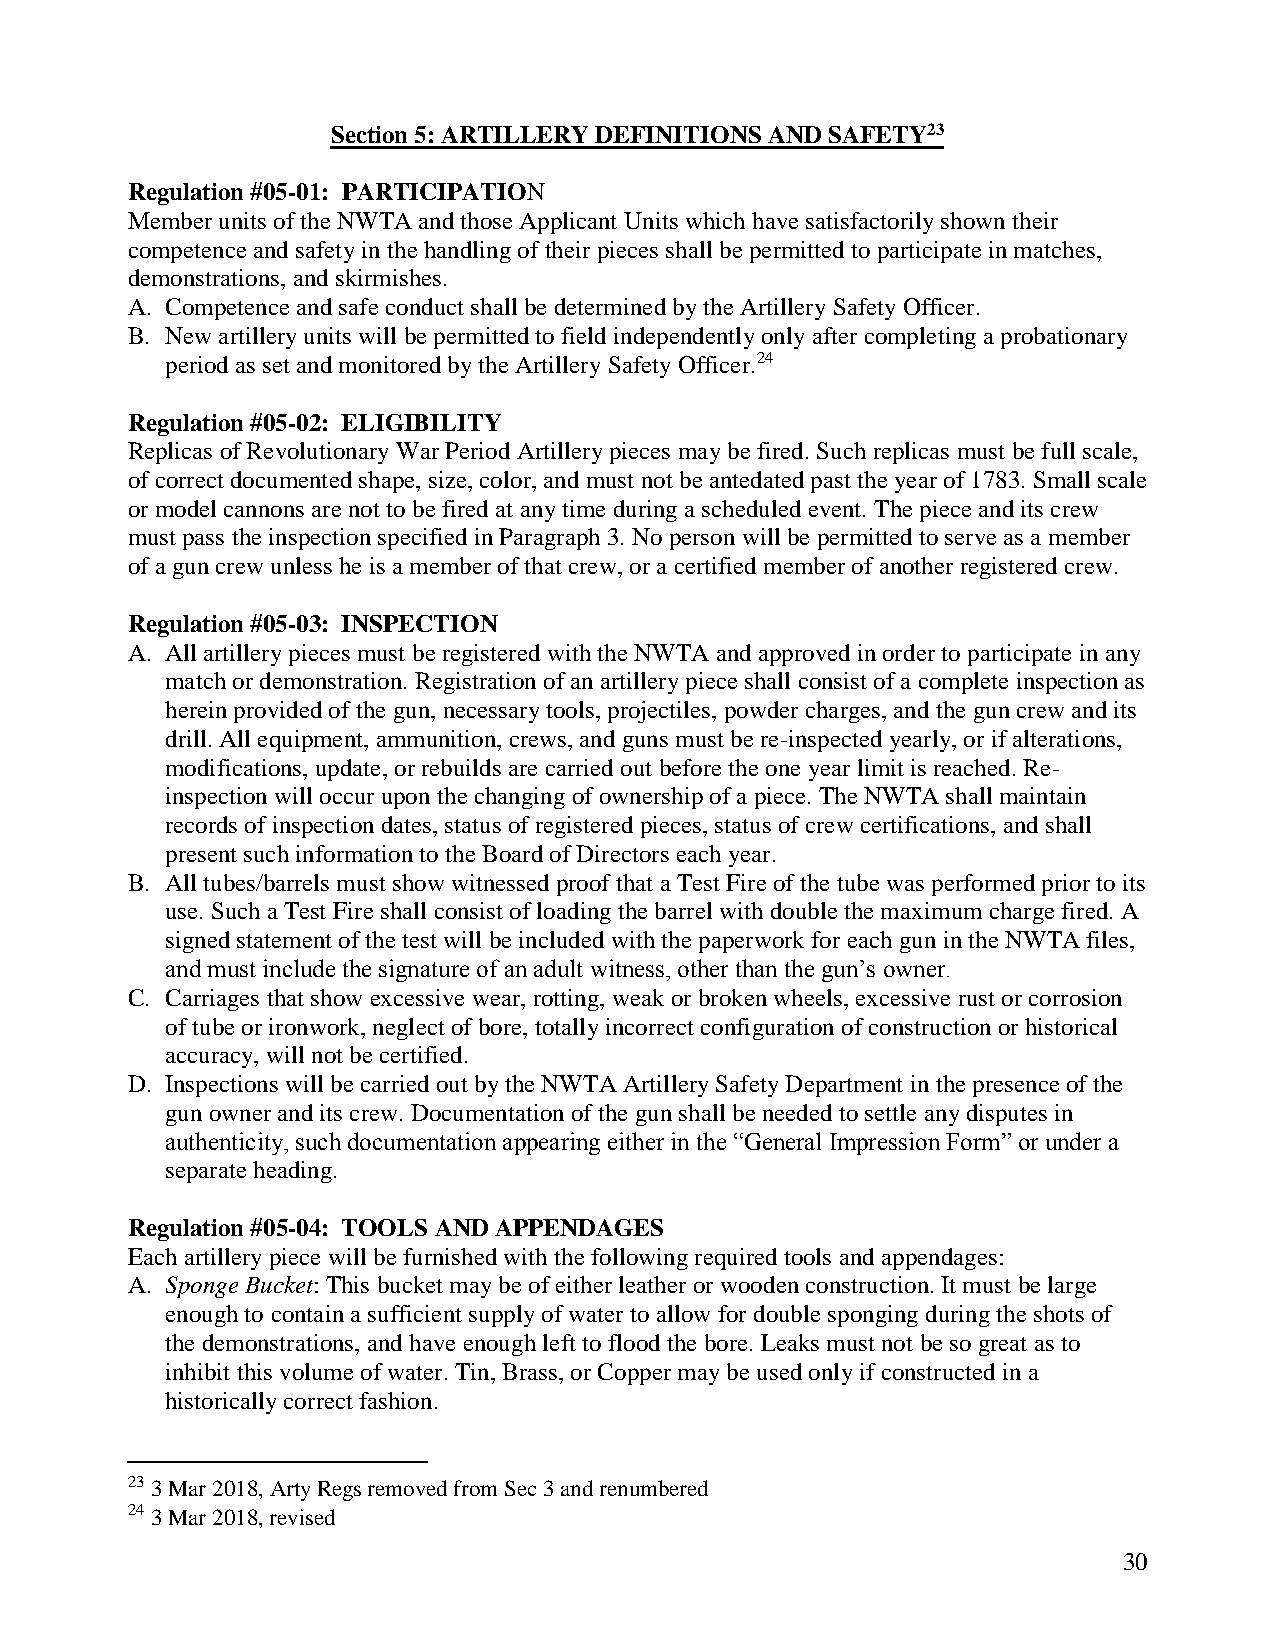
Section 5: ARTILLERY DEFINITIONS AND SAFETY23
 Regulation #05-01: PARTICIPATION
 Member units of the NWTA and those Applicant Units which have satisfactorily shown their
 competence and safety in the handling of their pieces shall be permitted to participate in matches,
 demonstrations, and skirmishes.
 A. Competence and safe conduct shall be determined by the Artillery Safety Officer.
 B. New artillery units will be permitted to field independently only after completing a probationary
 period as set and monitored by the Artillery Safety Officer.24
 Regulation #05-02: ELIGIBILITY
 Replicas of Revolutionary War Period Artillery pieces may be fired. Such replicas must be full scale,
 of correct documented shape, size, color, and must not be antedated past the year of 1783. Small scale
 or model cannons are not to be fired at any time during a scheduled event. The piece and its crew
 must pass the inspection specified in Paragraph 3. No person will be permitted to serve as a member
 of a gun crew unless he is a member of that crew, or a certified member of another registered crew.
 Regulation #05-03: INSPECTION
 A. All artillery pieces must be registered with the NWTA and approved in order to participate in any
 match or demonstration. Registration of an artillery piece shall consist of a complete inspection as
 herein provided of the gun, necessary tools, projectiles, powder charges, and the gun crew and its
 drill. All equipment, ammunition, crews, and guns must be re-inspected yearly, or if alterations,
 modifications, update, or rebuilds are carried out before the one year limit is reached. Re-
 inspection will occur upon the changing of ownership of a piece. The NWTA shall maintain
 records of inspection dates, status of registered pieces, status of crew certifications, and shall
 present such information to the Board of Directors each year.
 B. All tubes/barrels must show witnessed proof that a Test Fire of the tube was performed prior to its
 use. Such a Test Fire shall consist of loading the barrel with double the maximum charge fired. A
 signed statement of the test will be included with the paperwork for each gun in the NWTA files,
 and must include the signature of an adult witness, other than the gun’s owner.
 C. Carriages that show excessive wear, rotting, weak or broken wheels, excessive rust or corrosion
 of tube or ironwork, neglect of bore, totally incorrect configuration of construction or historical
 accuracy, will not be certified.
 D. Inspections will be carried out by the NWTA Artillery Safety Department in the presence of the
 gun owner and its crew. Documentation of the gun shall be needed to settle any disputes in
 authenticity, such documentation appearing either in the “General Impression Form” or under a
 separate heading.
 Regulation #05-04: TOOLS AND APPENDAGES
 Each artillery piece will be furnished with the following required tools and appendages:
 A. Sponge Bucket: This bucket may be of either leather or wooden construction. It must be large
 enough to contain a sufficient supply of water to allow for double sponging during the shots of
 the demonstrations, and have enough left to flood the bore. Leaks must not be so great as to
 inhibit this volume of water. Tin, Brass, or Copper may be used only if constructed in a
 historically correct fashion.
 23 3 Mar 2018, Arty Regs removed from Sec 3 and renumbered
 24 3 Mar 2018, revised
 30